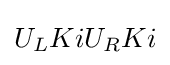
U_{L}KiU_{R}Ki